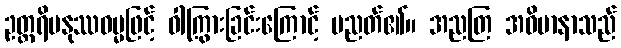
ဥတ္တရိမနုဿဓမ္မဖြင့် ဝါကြွားခြင်းကြောင့် ပညတ်၏။ အညတြ အဓိမာနာသည်